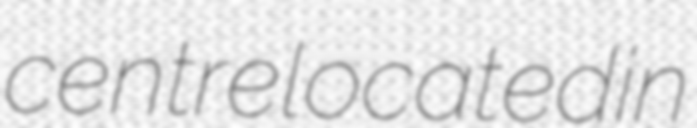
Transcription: centre located in